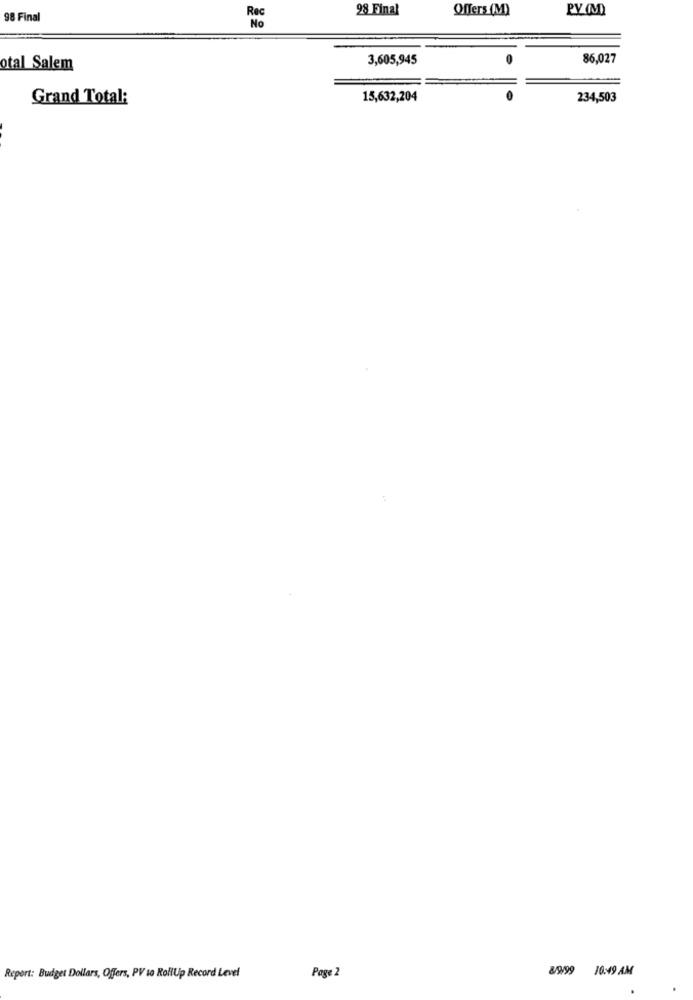
28 Final
Offers (M)
98 Final
3,605,945
86,027
otal Salem
Grand Total:
15,632,204
234,503
Page 2
89/99 10:49 AM
Report: Budget Dollars, Offers, PV to RollUp Record Level